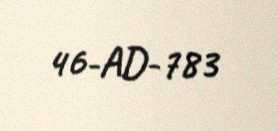
46-AD-783